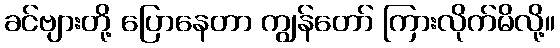
ခင်ဗျားတို့ ပြောနေတာ ကျွန်တော် ကြားလိုက်မိလို့။